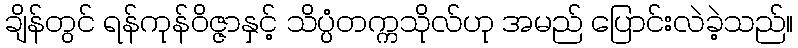
ချိန်တွင် ရန်ကုန်ဝိဇ္ဇာနှင့် သိပ္ပံတက္ကသိုလ်ဟု အမည် ပြောင်းလဲခဲ့သည်။